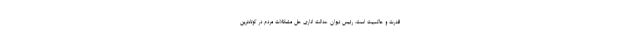
قدرت و حاکمیت است. رئیس دیوان عدالت اداری حل مشکلات مردم در کوتاه‌ترین